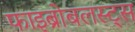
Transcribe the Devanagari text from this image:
फाइब्रोबलस्ट्स